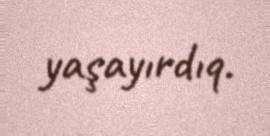
yaşayırdıq.